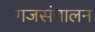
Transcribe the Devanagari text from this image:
गजसंचालन